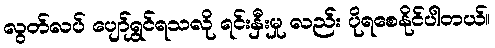
လွတ်လပ် ပျော်ရွှင်ရသလို ရင်းနှီးမှု လည်း ပိုရစေနိုင်ပါတယ်။